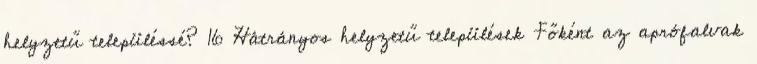
helyzetű településsé? 16 Hátrányos helyzetű települések Főként az aprófalvak